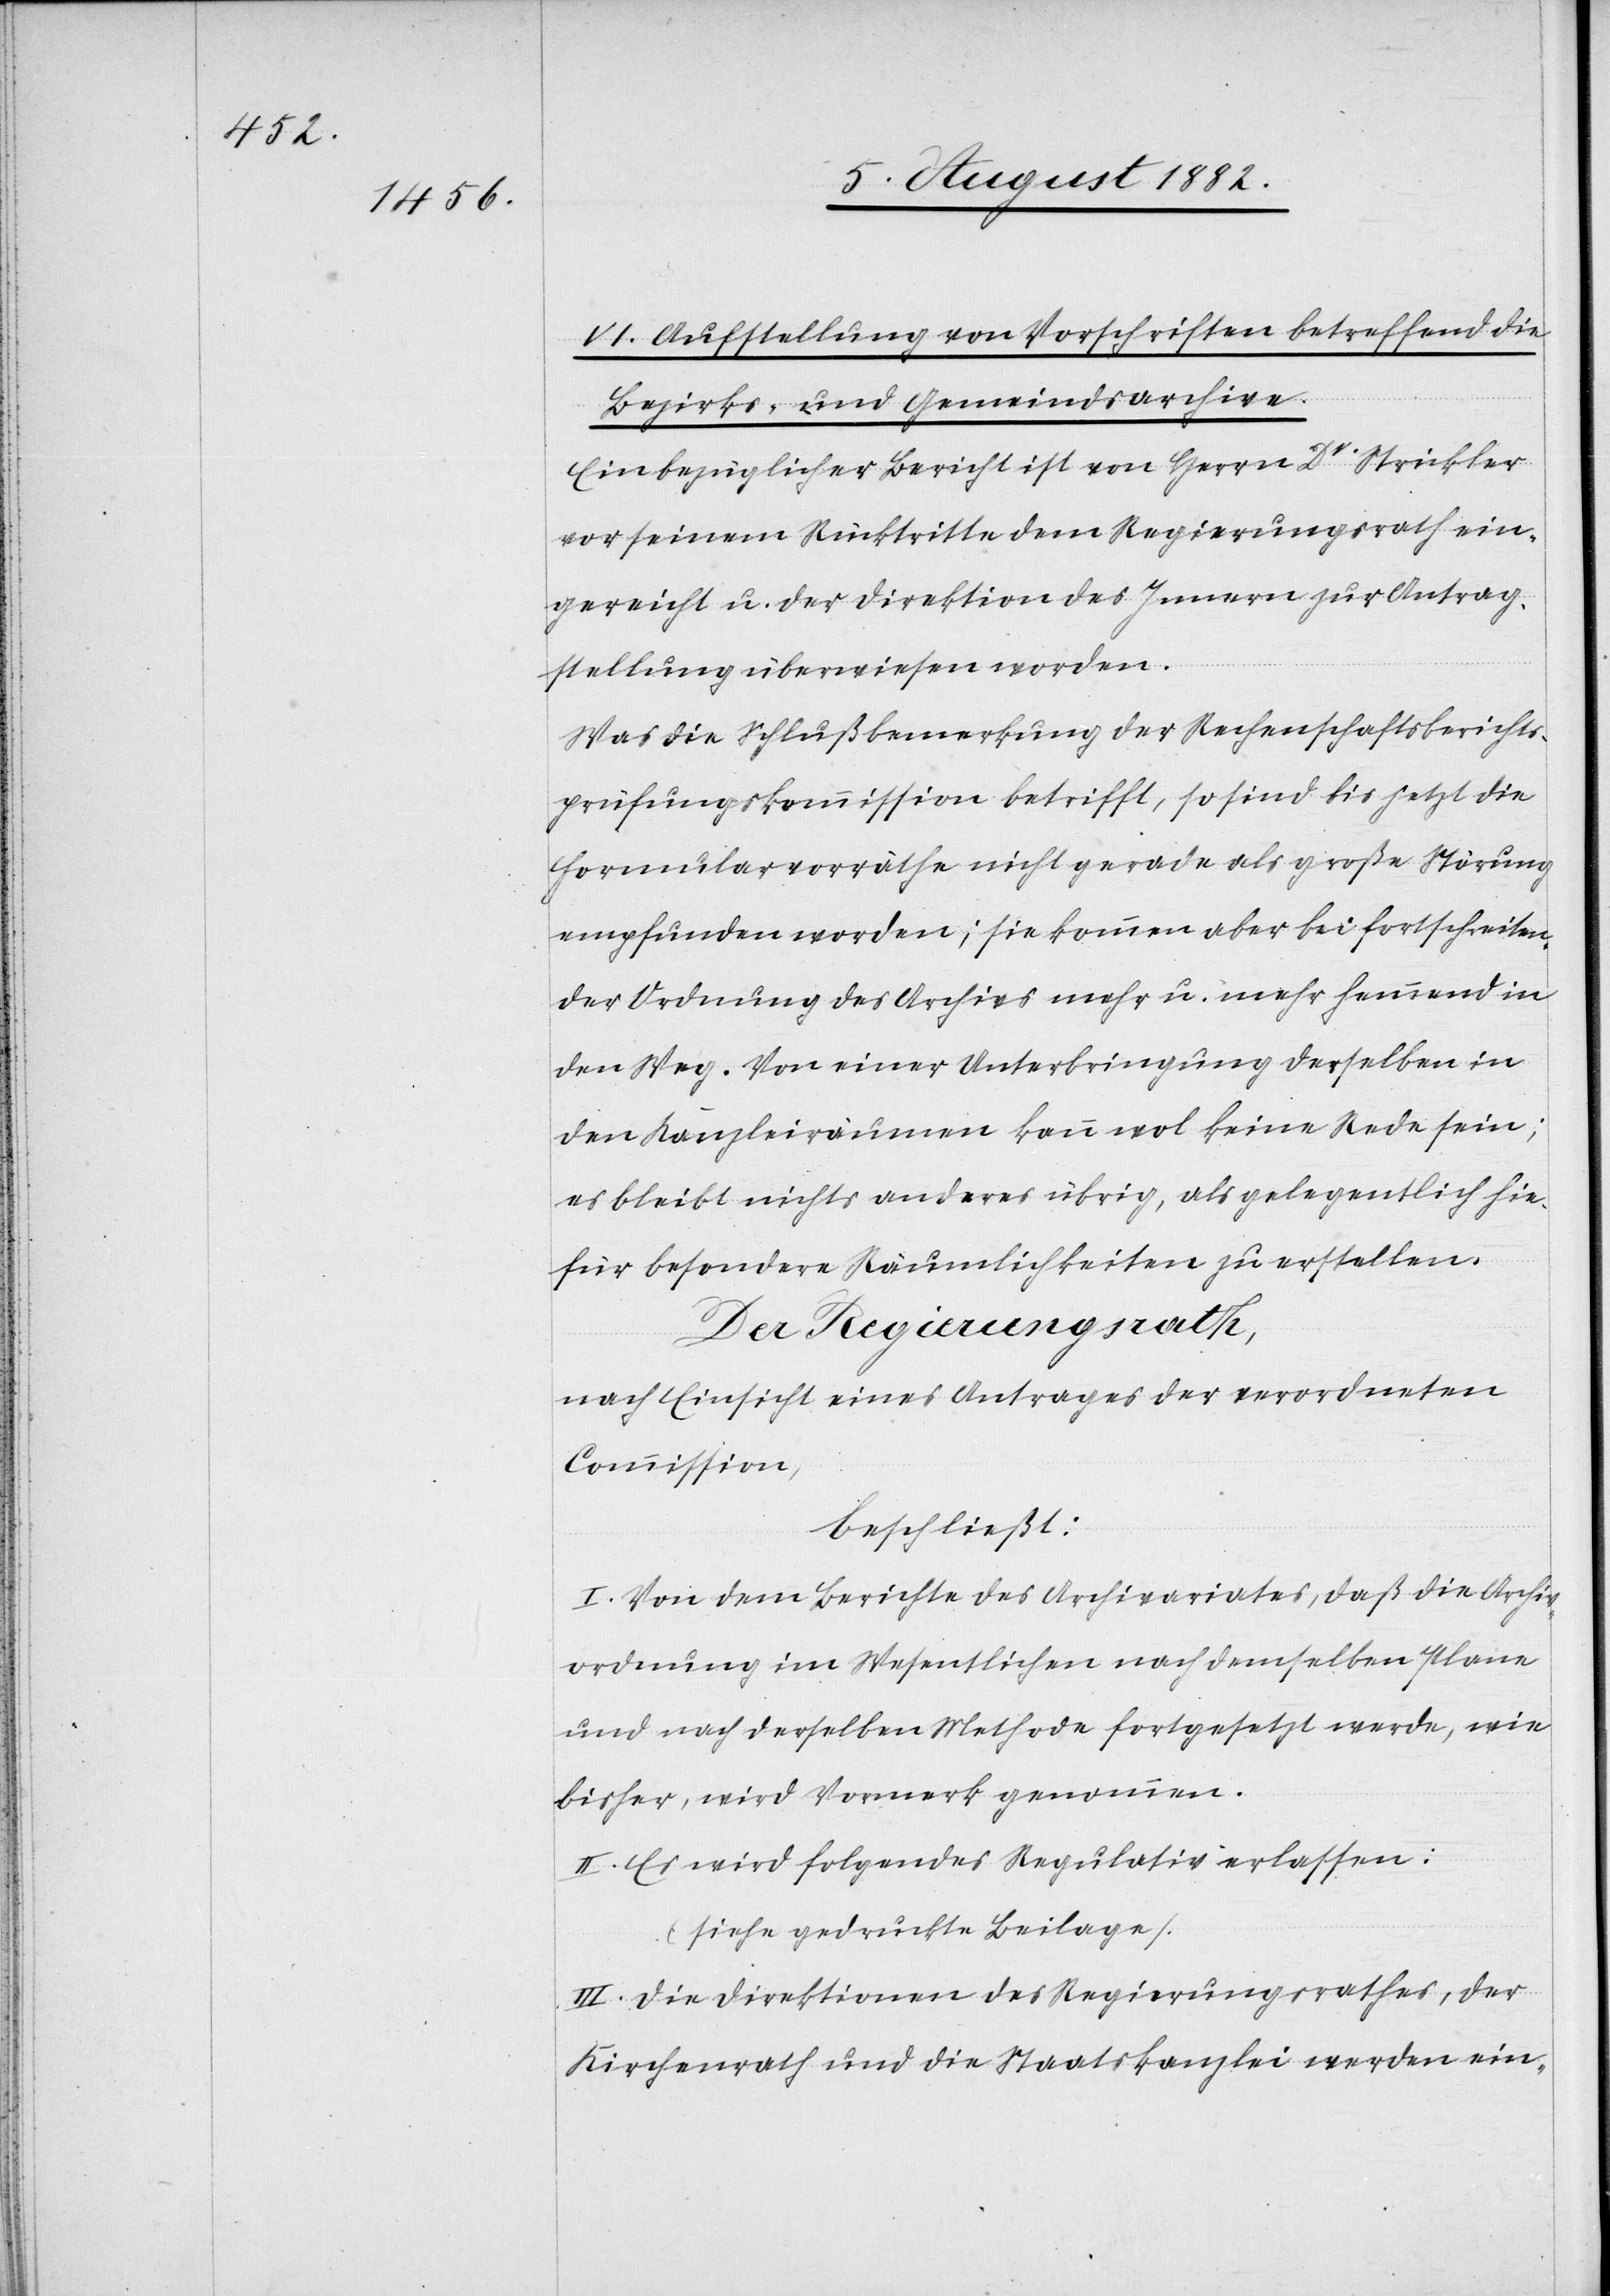
VI. Aufstellung von Vorschriften betreffend die
Bezirks- und Gemeindsarchive.
Ein bezüglicher Bericht ist von Herrn Dr Strickler
vor seinem Rücktritte dem Regierungsrath ein¬
gereicht u. der Direktion des Innern zur Antrag¬
stellung überwiesen worden.
Was die Schlußbemerkung der Rechenschaftsberichts¬
prüfungskommission betrifft, so sind bis jetzt die
Formularvorräthe nicht gerade als große Störung
empfunden worden; sie kommen aber bei fortschreiten¬
der Ordnung des Archivs mehr u. mehr hemmend in
den Weg. Von einer Unterbringung derselben in
den Kanzleiräumen kann wol keine Rede sein;
es bleibt nichts anderes übrig, als gelegentlich hie¬
für besondere Räumlichkeiten zu erstellen.
Der Regierungsrath,
nach Einsicht eines Antrages der verordneten
Commission,
beschließt:
I. Von dem Berichte des Archivariates, daß die Archiv¬
ordnung im Wesentlichen nach demselben Plane
und nach derselben Methode fortgesetzt werde, wie
bisher, wird Vormerk genommen.
II. Es wird folgendes Regulativ erlassen:
(siehe gedruckte Beilage).
III. Die Direktionen des Regierungsrathes, der
Kirchenrath und die Staatskanzlei werden ein-